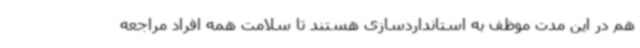
هم در این مدت موظف به استانداردسازی هستند تا سلامت همه افراد مراجعه